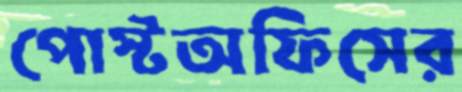
পোস্টঅফিসের